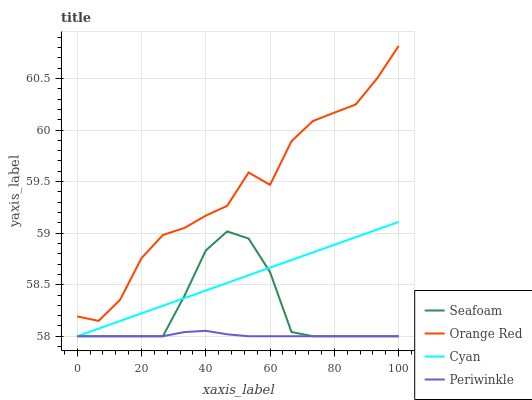
| xaxis_label | Seafoam | Orange Red | Cyan | Periwinkle |
 | --- | --- | --- | --- | --- |
 | 0 | 58 | 58.2 | 58 | 58 |
 | 6.67 | 58 | 58.1 | 58.1 | 58 |
 | 13.3 | 58 | 58.4 | 58.1 | 58 |
 | 20 | 58 | 58.8 | 58.2 | 58 |
 | 26.7 | 58 | 59 | 58.3 | 58 |
 | 33.3 | 58.4 | 59 | 58.4 | 58 |
 | 40 | 58.8 | 59.2 | 58.4 | 58.1 |
 | 46.7 | 59 | 59.3 | 58.5 | 58 |
 | 53.3 | 58.9 | 59.6 | 58.6 | 58 |
 | 60 | 58.6 | 59.5 | 58.7 | 58 |
 | 66.7 | 58 | 59.9 | 58.7 | 58 |
 | 73.3 | 58 | 60.1 | 58.8 | 58 |
 | 80 | 58 | 60.2 | 58.9 | 58 |
 | 86.7 | 58 | 60.2 | 59 | 58 |
 | 93.3 | 58 | 60.5 | 59 | 58 |
 | 100 | 58 | 60.8 | 59.1 | 58 |